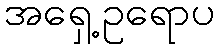
အရှေ့ဥရောပ